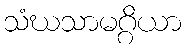
သံဃသာမဂ္ဂိယာ